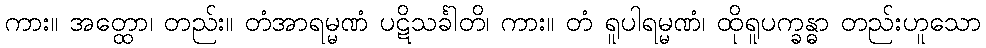
ကား။ အတ္ထော၊ တည်း။ တံအာရမ္မဏံ ပဋိသင်္ခါတိ၊ ကား။ တံ ရူပါရမ္မဏံ၊ ထိုရူပက္ခန္ဓာ တည်းဟူသော